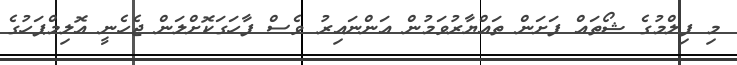
މި ފިލްމުގެ ޝޯތައް ފަށަން ތައްޔާރުވަމުން އަންނައިރު ވެސް ފާހަގަކޮށްލަން ޖެހެނީ އޮލިމްޕަހުގެ